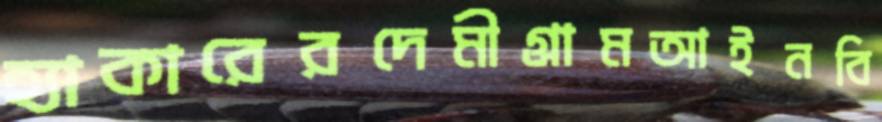
হ্যাকারেরদেমীগ্রামআইনবি